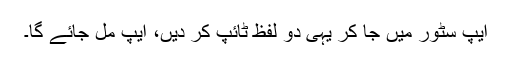
ایپ سٹور میں جا کر یہی دو لفظ ٹائپ کر دیں، ایپ مل جائے گا۔